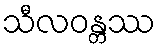
သီလဝန္တဿ